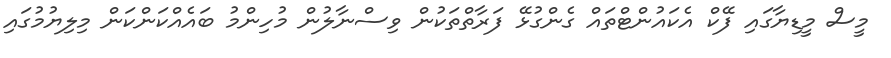
މީސް މީޑިޔާގައި ފޭކް އެކައުންޓްތައް ގެންގުޅޭ ފަރާތްތަކުން ވިސްނާލުން މުހިންމު ބައެއްކަންކަން މިލިޔުމުގައި